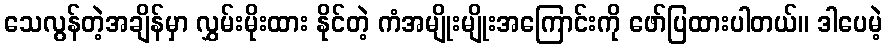
သေလွန်တဲ့အချိန်မှာ လွှမ်းမိုးထား နိုင်တဲ့ ကံအမျိုးမျိုးအကြောင်းကို ဖော်ပြထားပါတယ်။ ဒါပေမဲ့